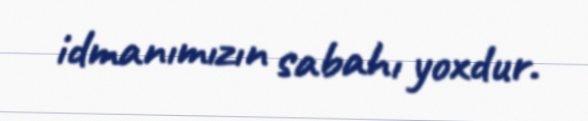
idmanımızın sabahı yoxdur.